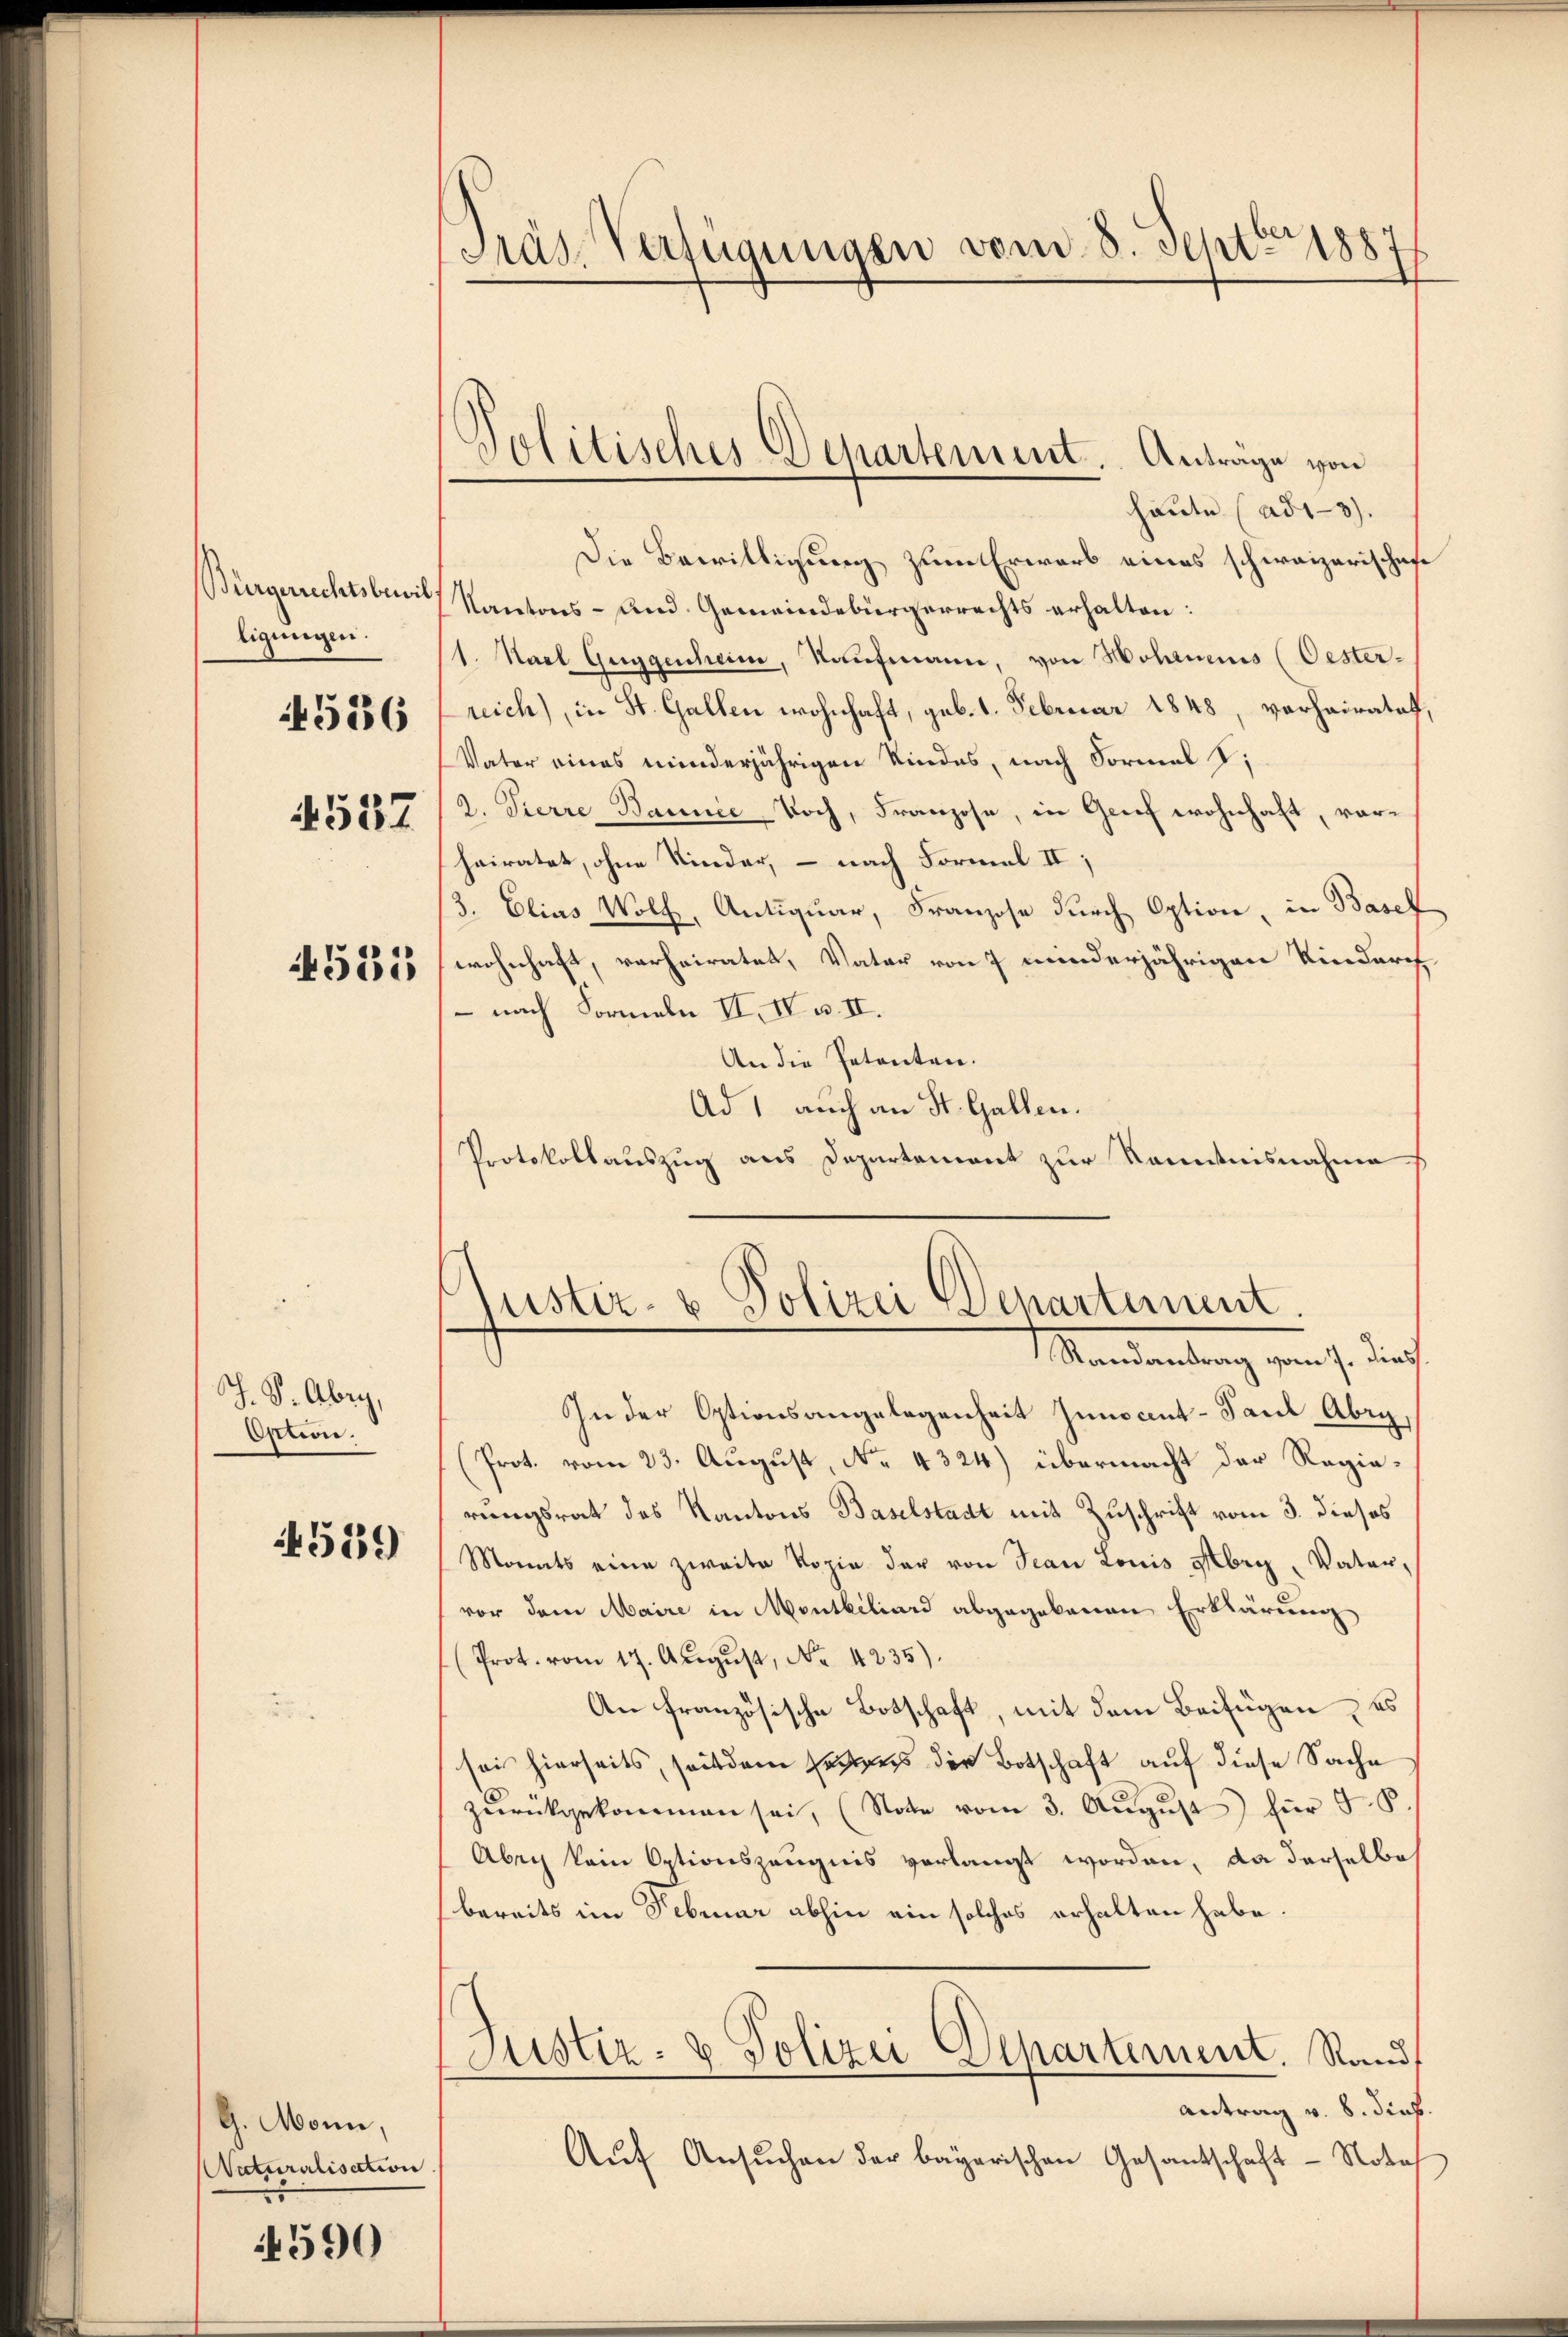
Bürgerrechtsbewilligungen.
4537

4556

1531

J. P. Abry,
Option.

539)

G. Mann,
Naturalisation.

590

Prag. Verfügungen vom 8. Sept. 1887

Politisches Departement. Anträge von

haute (ad13).
Die Bewilligung zum Erwarb eines schweizerischafe
Kantons- und. Gemeindebürgerrechts erhalten:
1. Karl Guggenheim, Kaŭfmann, von Hohenens (Oester-
reich), in St. Gallen wohnhaft, geb. 1. Februar 1848, verhairatet,
Vater eines minderjährigen Kindes, nach Formal V
2. Tierre Bannie Noch, Franzose, in Geif wohnhaft, vorheiratet, ohne Kinder, – nach Formal II
3. Elias Wolf, Antiquar, Franzose durch Option, in Basel
wohnhaft, verheiratet, Vater von 7 minderjährigen Rindurch
 nach Formeln II. II. u. II.
An die Petenten.
Ad 1 auch an St. Gallen.
Protokollauszug aus Departement zur Kenntnisnahme
Tuster- & Polizei Departement.
Mandamtung von s. die
In der Optionsangelegenheit Innocent- Paul Abri,
(Prot. vom 23. August, No. 4324) übermacht der Regierungsrat des Kantons Baselstadt mit Zuschrift vom 3. dieses
Monats eine zweite Kopie der von Jean Louis Abri, Vatervor dem Maire in Montbiliard abgegebenen Erklärung
(Prot. vom 17. Aŭgŭst, No. 4235).
An französische Botschaft, mit dem Beifügen, es
sei hierseits, seit dem Eigens der Botschaft auf diese Sache
zŭrückgekommen sei, (Note vom 3. Aŭgŭst für 58.
Aber kein Optionszeugnis verlangt worden, da derselbe
bereits im Februar abhin ein solches erhalten habe.
Justiz- & Polizei Departement. Rand
Antrag v. 8. dieb.
Auf Ansuchen der bayerischen Gesandtschaft - Nota
.